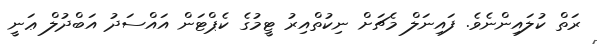
ރަތް ކުލައިންނެވެ. ފައިނަލް މެޗަށް ނިކުތްއިރު ޓީމުގެ ކެޕްޓަން އައްސަދު އަބްދުލް ޢަނީ